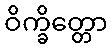
ဝိက္ခိတ္တော